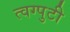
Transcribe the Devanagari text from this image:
त्वग्पुटी